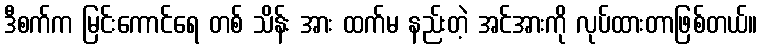
ဒီစက်က မြင်းကောင်ရေ တစ် သိန်း အား ထက်မ နည်းတဲ့ အင်အားကို လုပ်ထားတာဖြစ်တယ်။